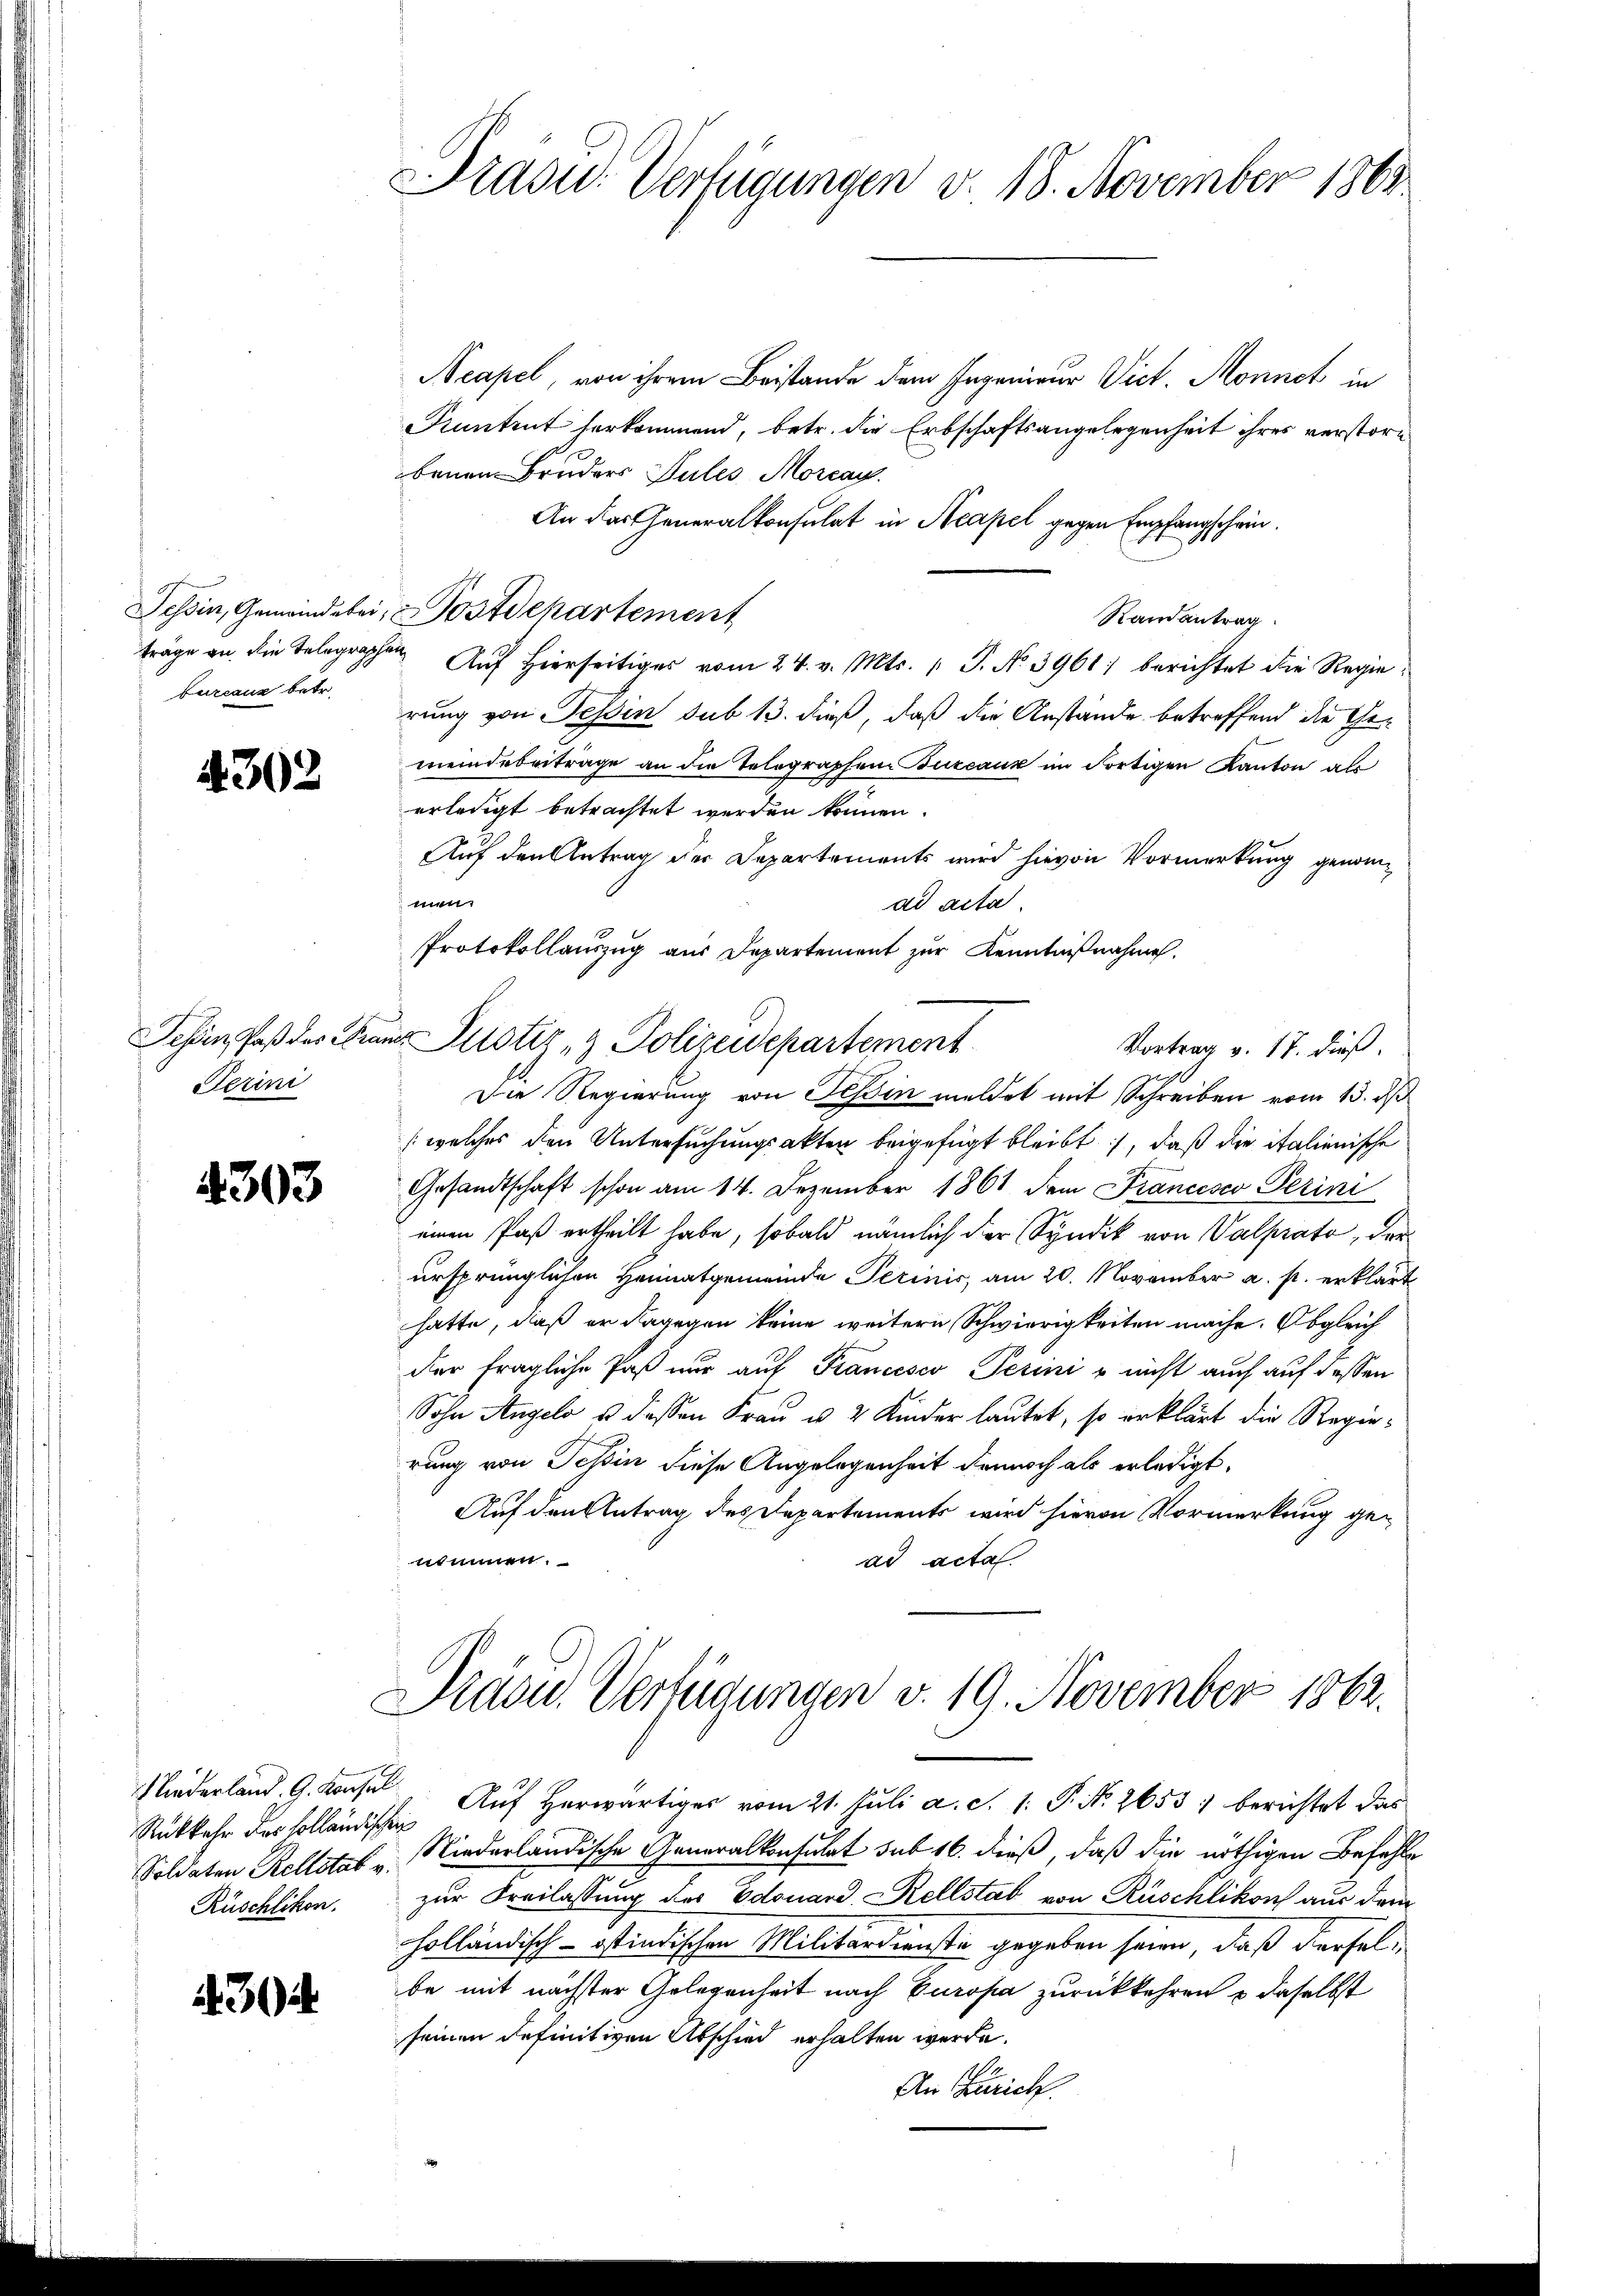
bureaux betr.

4302

Jesen, daß das Fra
Jerini

4303

Niederland. G. Konsel
Rüschlikon.

304

Präsid. Verfügungen v. 18. November 1868

Neapel, von ihrem Beistande dem Ingenieur Vict. Monnet in
Kuntent herkommend, betr. die Erbschaftsangelegenheit ihres verstorbenen Bruders Pules Morcan
An das Generalkonsulat in Neapel gegen Empfangschein¬
Tessin, Gemeindebei, u Postdepartement
Randantrag
träge an die Telegraphen Auf hierseitiges vom 24. v. Mts. 1. J. No 3961) berichtet die Regierung von Tessin sub 13. dieß, daß die Anstände betreffend die Gemeindebeitrage an die Telegraphen Bureaux im dortigen Kanton als
erledigt betrachtet werden können.
Auf den Antrag der Departements wird hievon Vormerkung genommen.
ad acta
Protokollauszug aus Departement zur Kenntnißnahme.
Die Regierung von Teßin meldet mit Schreiben vom 15. ds
(welches den Untersuchungsakten beigefügt bleibt, daß die italienische
Gesandtschaft schon am 14. Dezember 1861 dem Francesco Perini
einen Paß ertheilt habe, sobald nämlich der Syndik von Valprato, der
ursprünglichen Heimatgemeinde Perinic, am 20. November a. p. erklärt
hatte, daß er dagegen keine weitern Schwierigkeiten mache. Obgleich
der fragliche Paß nur auf Krancisco Perini u nicht auch auf dessen
Sohn Angelo u. deßen Frau u. 2 Kinder lautet, so erklärt die Regierung von Tessin diese Angelegenheit dennoch als erledigt.
Auf den Antrag des Departements wird hievon Vormerkung genommen.
ad acta.
Präsu. Verfügungen v. 19. November 1862.
Rükkehr des Holländischen Auf herwärtiges vom 21. Juli a. c. 1. P. No. 2653) berichtet das
Soldaten Kelletas u. Niederländische Generalkonsulat sub 16. dieß, daß die nöthigen Befehle
zur Freilassung der Edouard, Rellstab von Rüschlikon aus dem
holländisch-Ostindischen Militärdienste gegeben seien, daß derselbe mit nächster Gelegenheit nach Europa zurückkehren u daselbst
seinen definitiven Abschied erhalten werde.
An Zürich.

ur Justiz- & Polizeidepartement
Vortrag v. 17. dieß.